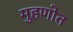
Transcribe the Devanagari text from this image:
मुहणोत